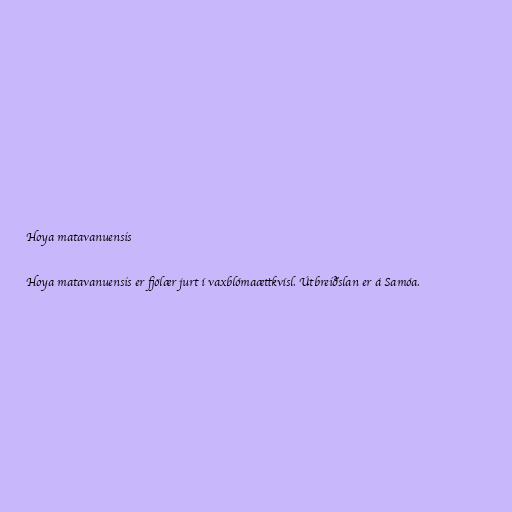
Hoya matavanuensis

Hoya matavanuensis er fjölær jurt í vaxblómaættkvísl. Útbreiðslan er á Samóa.